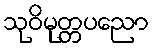
သုဝိမုတ္တပညော